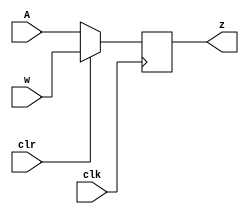
module D_flip_flop(input w, clk, clr, A, output reg z);

	always@(posedge clk)
		if(!clr)
			z <= A;
		else
			z <= w;

endmodule